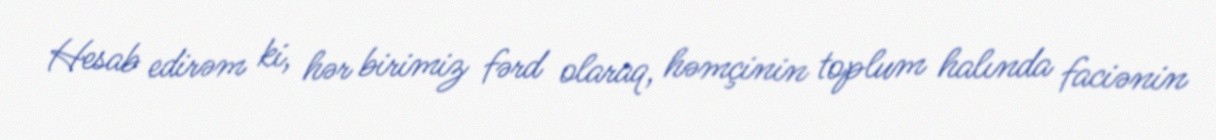
Hesab edirəm ki, hər birimiz fərd olaraq, həmçinin toplum halında faciənin